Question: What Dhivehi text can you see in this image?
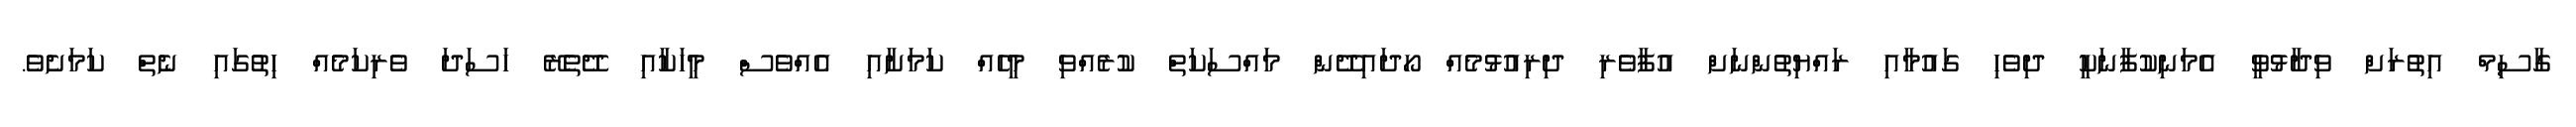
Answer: ގާސިމް އިތުރަށް ވިދާޅުވީ އެމަނިކުފާނަކީ ދިވެހި ގައުމާއި ރައްޔިތުންނަށް އުފާވެރި ދިރިއުޅުމެއް ހޯދައިދޭން މައްސަކަތް ކުރެއްވި މީހެއް ކަމަށާއި އެއްވެސް މީހަކާއި ދޭތެރޭ ހަސަދަ ވެރިކަމެއް ހިތުގައި ނެތް ކަމަށެވެ.